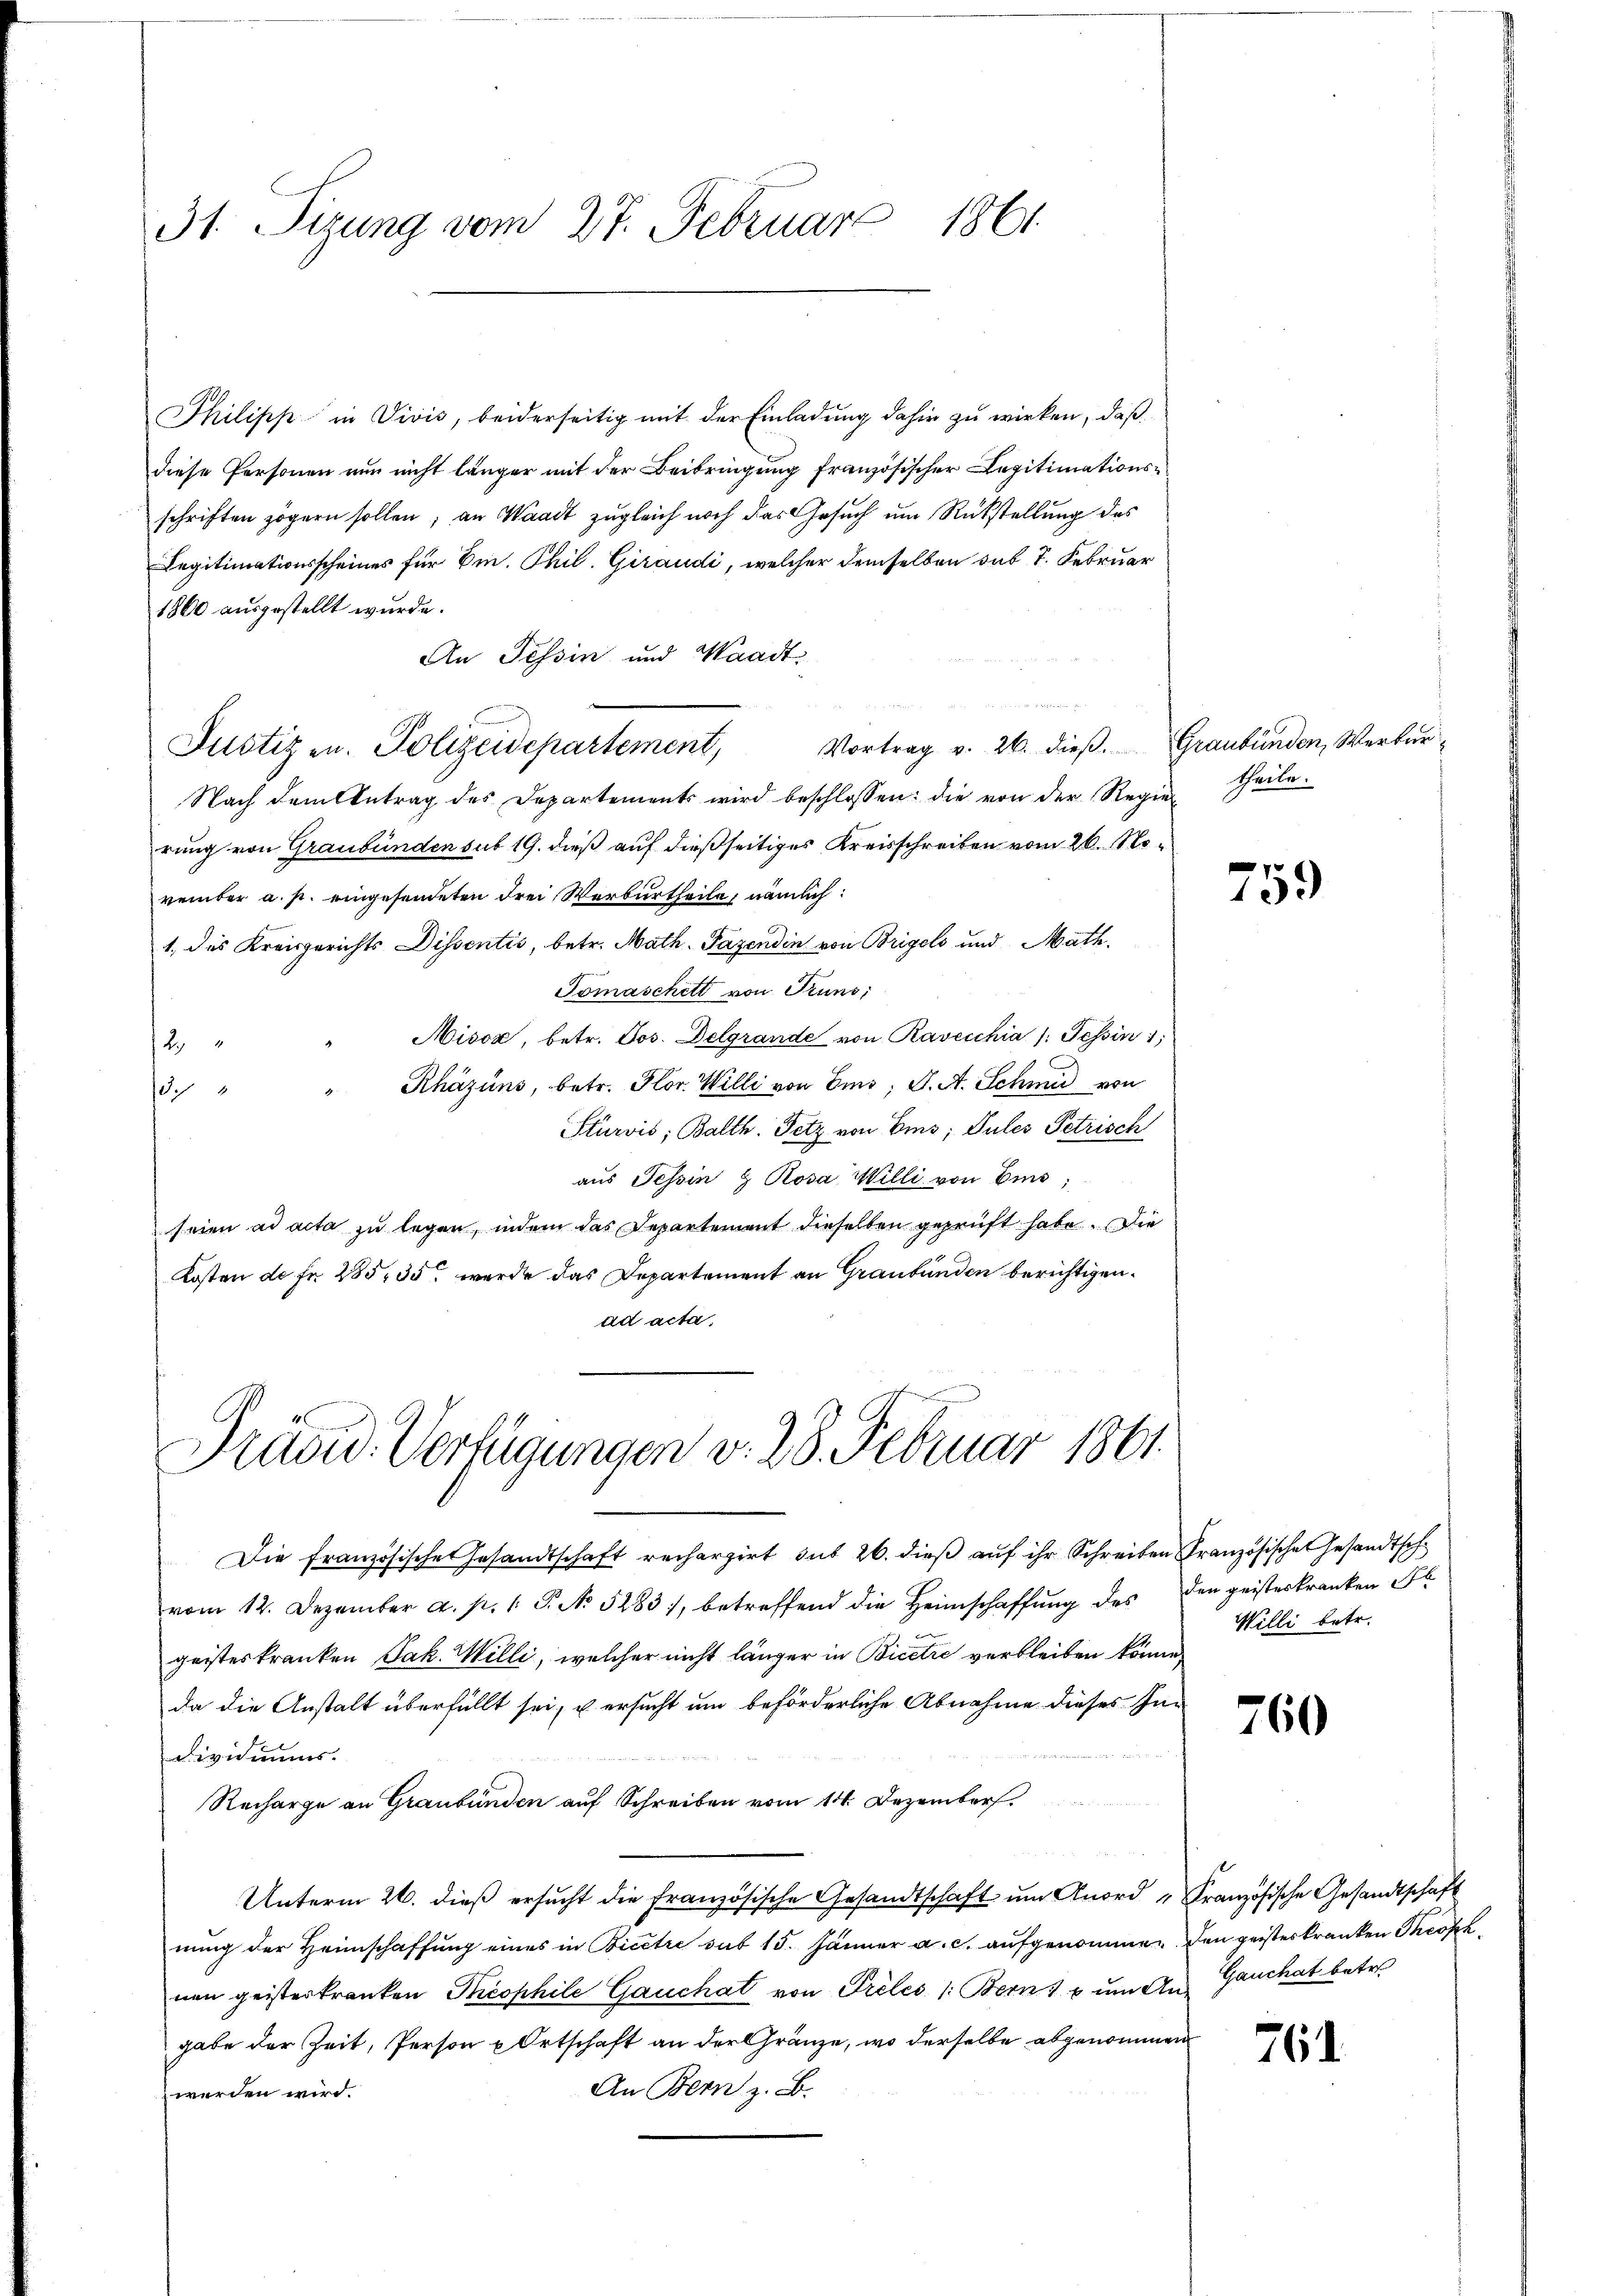
31. Tizung vom 27. Februar 1861.

Philipp in Vivis, beiderseitig mit der Einladung dahin zu wirken, daß
diese Personen nun nicht länger mit der Beibringung französischer Legitimationsschriften zögern sollen; an Waadt zugleich noch das Gesuch um Rückstellung des
Legitimationsscheines für Em. Phil. Giraudi, welcher demselben sub 7. Februar
1860 ausgestellt wurde.
An Tessin und Waadt.
Vortrag v. 26. dieβ. Graubünden, Werker¬
Nach dem Antrag des Departements wird beschlossen: die von der Regiertheile
rung von Graubünden sub 19. dieß auf dießseitiges Kreisschreiben vom 26. November a. p. eingesendeten drei Werburtheile, nämlich:
1. des Kreisgerichts Dissentis, betr. Math. Pazendin von Brigels und Math.
Tomaschett von Pruns,
Misox, betr. Jos. Delgrande von Ravecchia /: Tessin,
2
Rhäzins, betr. Hor. Willi von Emo; J. A. Schmid von
S. 8
Stürvis, Balth. Tetz von Eins; Pules Petrisch
aus Tessin & Rosa Willi von Eis,
seien ad acta zu legen, indem das Departement dieselben geprüft habe. Die
Kosten de fr. 285, 35 wurde das Departement an Graubünden berichtigen.
ad acta,

Justiz zu. Polizeidepartement,

Präsid. Verfügungen v. 28. Februar 1861.

Die französische Gesandtschaft recherzirt sub 26. dieß auf ihr Schreiben Französische Gesandtsch
vom 12. Dezember a. p. 1 S. No 5283, betreffend die Heimschaffung des
geisteskranken Jak. Willi, welcher nicht länger in Bicere verbleiben könne,
da die Anstalt überfüllt sei, u ersucht um beförderliche Abnahme dieses In¬
Dividiums.
Recharge an Graubünden auf Schreiben vom 14. Dezember.
Unterm 26. dieß ersucht die französische Gesandtschaft um Anord, Französische Gesandtschaft
nung der Heimschaffung eines in Bicere sub 15. Jänner a. c. aufgenommen den geisteskranken Theoph
nen geisterkranken Theophile Gauchat von Prélés /: Bern u ŭm An- Gauchat betr.
gabe der Zeit, Person & Ortschaft an der Gränze, wo derselbe abgenommen
An Bern z. B.
werden wird.

759

den geisteskranken Ab
Willi betr.

760

761.